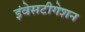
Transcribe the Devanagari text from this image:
इंवेसटीगेशन